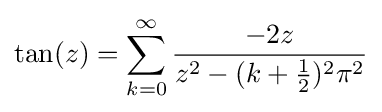
\tan(z)=\sum _{k=0}^{\infty }{\frac {-2z}{z^{2}-(k+{\frac {1}{2}})^{2}\pi ^{2}}}